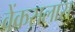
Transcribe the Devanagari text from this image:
वेंकसलास